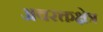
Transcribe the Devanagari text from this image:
अवरक्तक्षेत्र